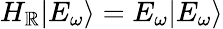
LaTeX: H_{\mathbb{R}}|{E_{\omega}}\rangle={E_{{\omega}}}|{E_{{\omega}}}\rangle